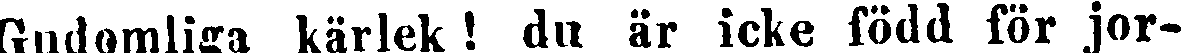
Gudomliga kärlek ! du är icke född för jor-